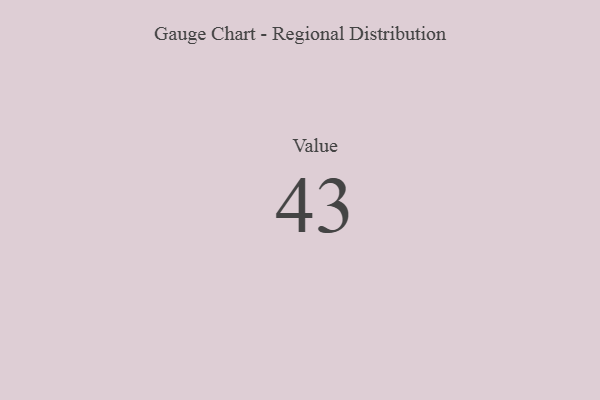
{"axis": {"x": "Metric", "y": "Value"}, "legend": [""], "data": [{"x": "Value", "y": 43, "type": ""}]}